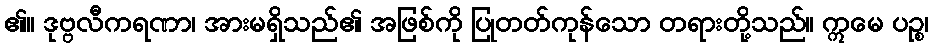
၏။ ဒုဗ္ဗလီကရဏာ၊ အားမရှိသည်၏ အဖြစ်ကို ပြုတတ်ကုန်သော တရားတို့သည်။ ဣမေ ပဉ္စ၊